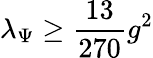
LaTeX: \lambda_{\Psi}\geq{\frac{13}{270}}g^{2}